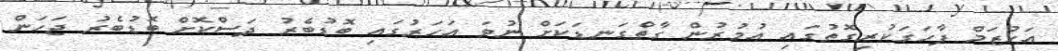
އަހުޒަމް ފާހަގަކުރިގޮތުގައި އުމުރުން ގާތްގަނޑަކަށް ނުވަ އަހަރުގައި ބޮޑުބެރު ދަސްކޮށް ބޮޑުބެރު ޖަހަން